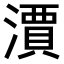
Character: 𣿦